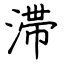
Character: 滞